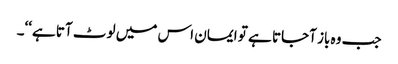
جب وہ باز آجاتا ہے تو ایمان اس میں لوٹ آتا ہے‘‘۔